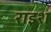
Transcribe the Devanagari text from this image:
राइश